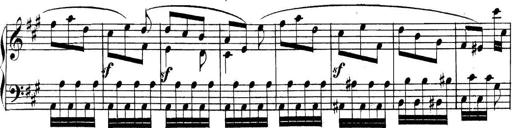
Title: Collected Piano Sonatas
Composer: Muzio Clementi